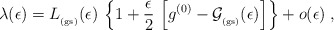
\begin{align*}\lambda(\epsilon)=L_{_{\rm (gs)}} (\epsilon)\,\left\{ 1 +\frac{\epsilon}{2}\,\left[g^{(0)}-{\mathcal G}_{_{\rm (gs)}} (\epsilon)\right]\right\}+ o(\epsilon)\; ,\end{align*}